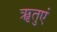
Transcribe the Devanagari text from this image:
ॠतुएं